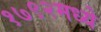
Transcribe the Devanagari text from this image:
१७९२मध्ये